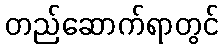
တည်ဆောက်ရာတွင်